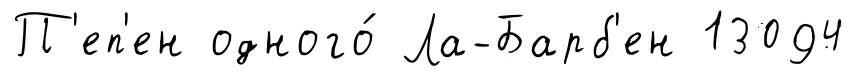
П'еп'ен одного́ Ла-Барб'ен 13094